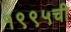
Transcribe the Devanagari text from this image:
१९९५ची